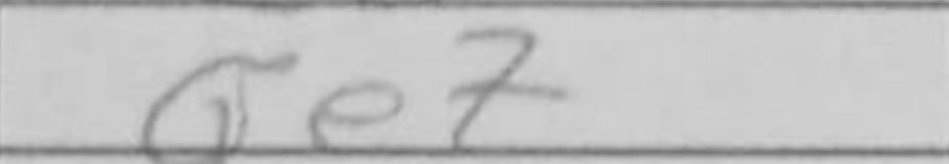
Transcription: Qe7